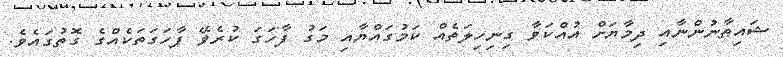
ޝައިޠާނުންނާއި ދިމާޔަށް އުއްކަވާ ގިނިހިލަތެއް ކަމުގައްޔާއި މަގު ފާހަގަ ކުރެވޭ ފާހަގަތަކެއްގެ ގޮތުގައެވެ.